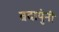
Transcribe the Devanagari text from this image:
बदायुंनी